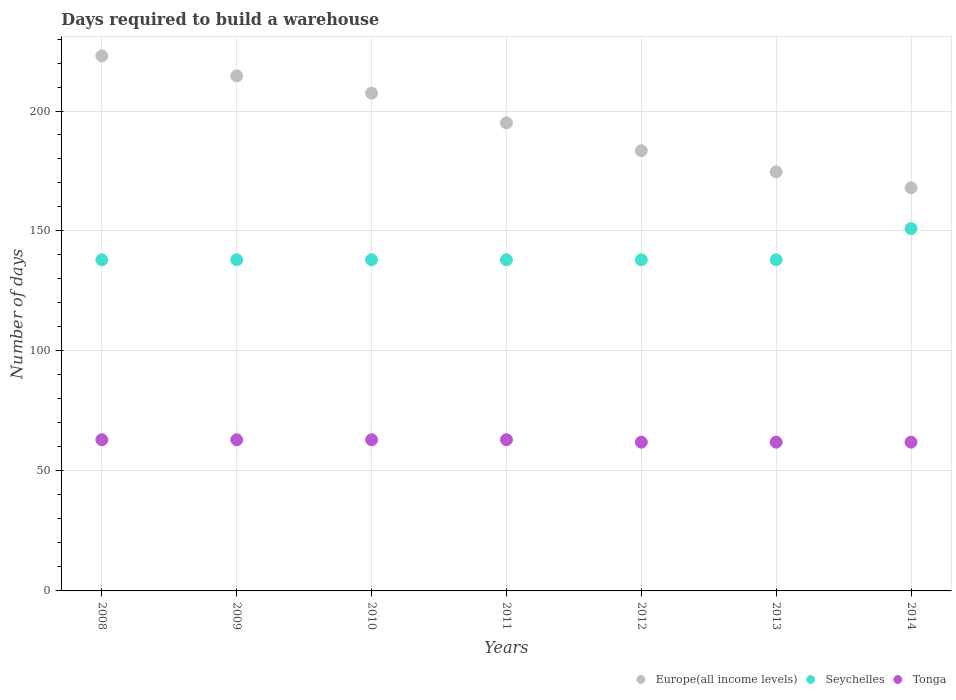
| Years | Europe(all income levels) | Seychelles | Tonga |
 | --- | --- | --- | --- |
 | 2008 | 223 | 138 | 63 |
 | 2009 | 215 | 138 | 63 |
 | 2010 | 207 | 138 | 63 |
 | 2011 | 195 | 138 | 63 |
 | 2012 | 183 | 138 | 62 |
 | 2013 | 175 | 138 | 62 |
 | 2014 | 168 | 151 | 62 |